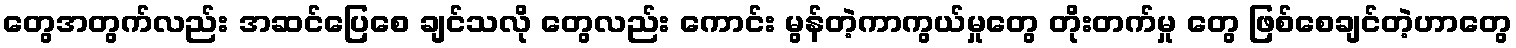
တွေအတွက်လည်း အဆင်ပြေစေ ချင်သလို တွေလည်း ကောင်း မွန်တဲ့ကာကွယ်မှုတွေ တိုးတက်မှု တွေ ဖြစ်စေချင်တဲ့ဟာတွေ